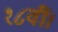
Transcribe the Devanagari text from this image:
१८वीं।